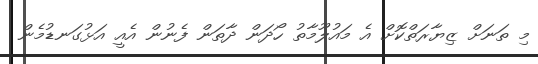
މި ތަނަށް ޒިޔާރަތްކޮށް އެ މައުލޫމާތު ހޯދަން ދާތަން ފެނުން އެއީ އަޅުގަނޑުމެން